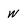
Character: w